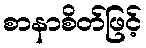
စာနာစိတ်ဖြင့်